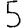
Digit: 5